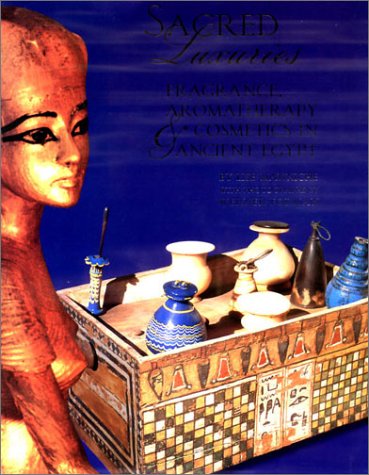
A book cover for Sacred Luxuries: Fragrance, Aromatherapy, and Cosmetics in Ancient Egypt; Lise Manniche; History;